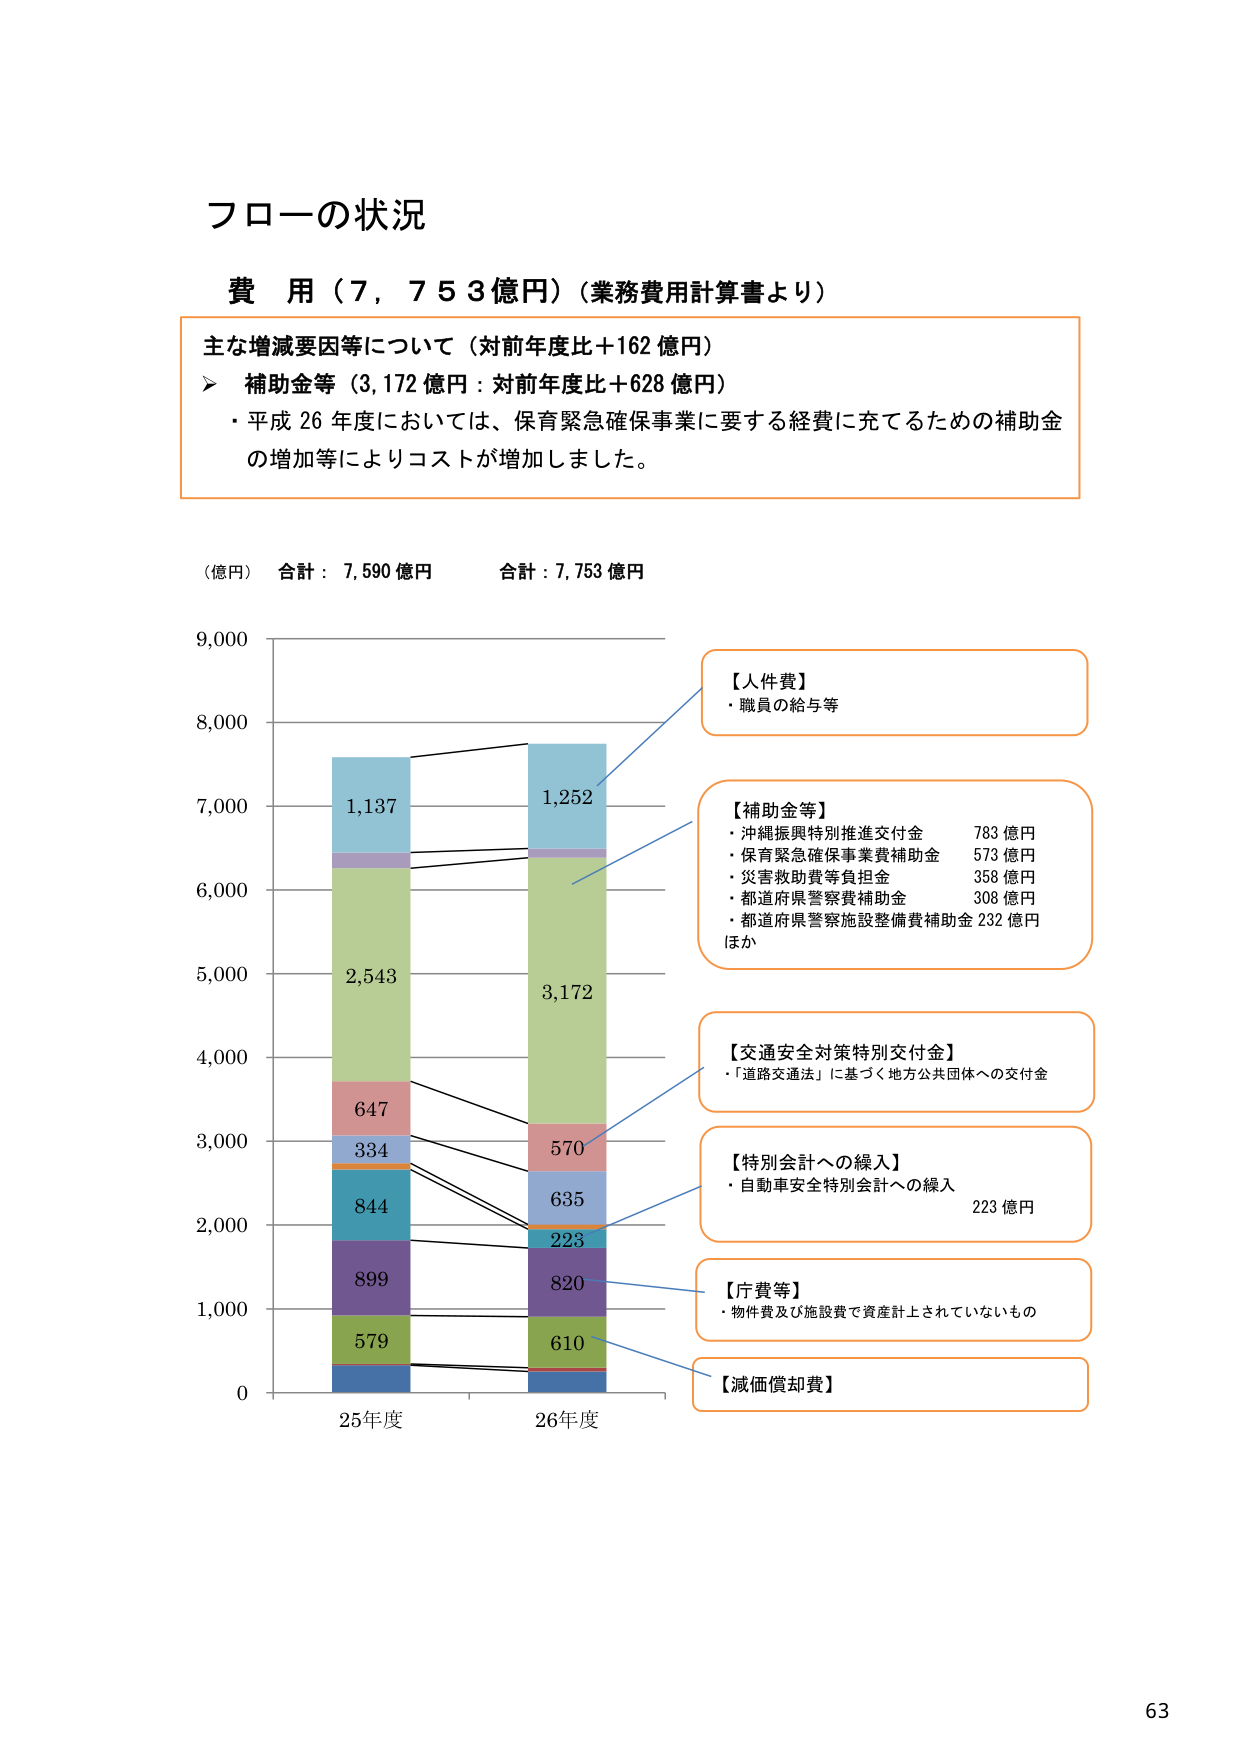
フローの状況

費 用（７，７５３億円）（業務費用計算書より）

主な増減要因等について（対前年度比＋162 億円）
➤ 補助金等（3,172 億円：対前年度比＋628 億円）
・平成 26 年度においては、保育緊急確保事業に要する経費に充てるための補助金
の増加等によりコストが増加しました。

（億円） 合計：7,590 億円 合計：7,753 億円

9,000
8,000
7,000
6,000
5,000
4,000
3,000
2,000
1,000
0

25年度 26年度

1,137
2,543
647
334
844
899
579

1,252
3,172
570
635
223
820
610

【人件費】
・職員の給与等

【補助金等】
・沖縄振興特別推進交付金 783 億円
・保育緊急確保事業費補助金 573 億円
・災害救助費等負担金 358 億円
・都道府県警察費補助金 308 億円
・都道府県警察施設整備費補助金 232 億円
ほか

【交通安全対策特別交付金】
・「道路交通法」に基づく地方公共団体への交付金

【特別会計への繰入】
・自動車安全特別会計への繰入 223 億円

【庁費等】
・物件費及び施設費で資産計上されていないもの

【減価償却費】

63